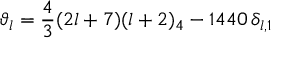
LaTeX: \vartheta _ { l } = \frac { 4 } { 3 } ( 2 l + 7 ) ( l + 2 ) _ { 4 } - 1 4 4 0 \, \delta _ { l , 1 }